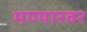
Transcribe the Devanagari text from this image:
मण्यारवर